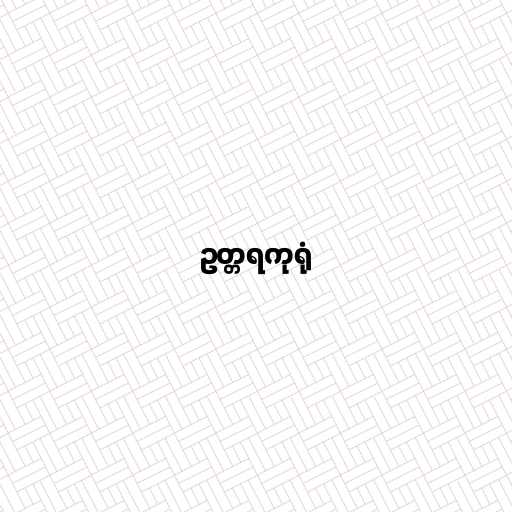
ဥတ္တရကုရုံ